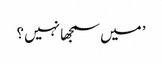
’ میں سمجھا نہیں ؟